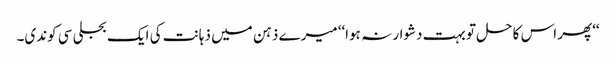
‘‘پھر اس کا حل تو بہت دشوار نہ ہوا‘‘ میرے ذہن میں ذہانت کی ایک بجلی سی کوندی۔